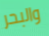
والبحر